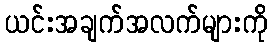
ယင်းအချက်အလက်များကို